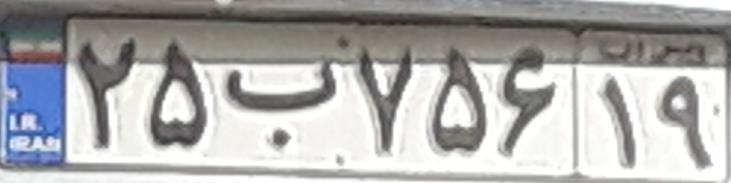
۲۵ب۷۵۶۱۹